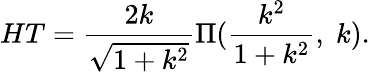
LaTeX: HT=\frac{2k}{\sqrt{1+k^{2}}}\Pi(\frac{k^{2}}{1+k^{2}},\; k).